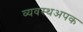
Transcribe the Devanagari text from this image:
व्यवस्थअपक